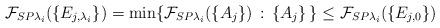
LaTeX: \begin{align*} \mathcal{F}_{SP\lambda_i}(\{ E_{j, \lambda_i} \}) = \min \{ \mathcal{F}_{SP\lambda_i}(\{ A_j \}) \, : \, \{ A_j \} \, \} \leq \mathcal{F}_{SP\lambda_i}(\{ E_{j, 0} \})\end{align*}